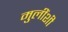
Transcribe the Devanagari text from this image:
मुलींशी